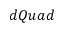
d Q u a d